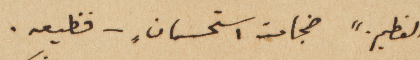
العظيم." ضجات استحسانٍ – فظيعه.